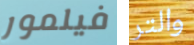
فيلمور والتر